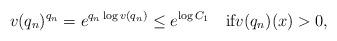
LaTeX: \begin{align*}v(q_{n})^{q_{n}}=e^{q_{n}\log v(q_{n})}\leq e^{\log C_{1}}\quad\mbox{if}v(q_{n})(x)>0,\end{align*}